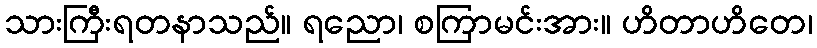
သားကြီးရတနာသည်။ ရညော၊ စကြာမင်းအား။ ဟိတာဟိတေ၊